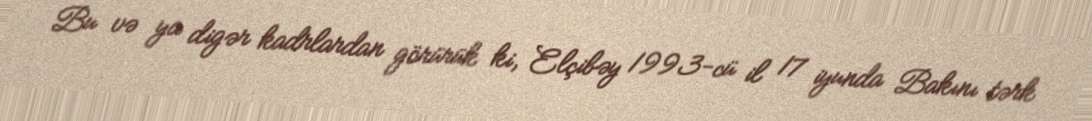
Bu və ya digər kadrlardan görürük ki, Elçibəy 1993-cü il 17 iyunda Bakını tərk